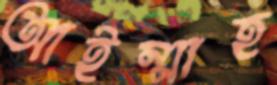
আইম্মাহ